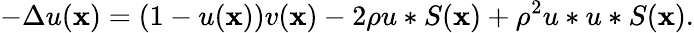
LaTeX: -\Delta u(\mathbf x)=(1-u(\mathbf x))v(\mathbf x)-2\rho u\ast S(\mathbf x)+\rho^{2}u\ast u\ast S(\mathbf x).